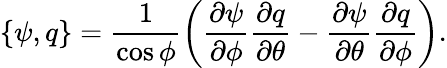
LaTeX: \{ \psi,q\} =\frac{1}{\cos\phi}\left(\frac{\partial\psi}{\partial\phi}\frac{\partial q}{\partial\theta}-\frac{\partial\psi}{\partial\theta}\frac{\partial q}{\partial\phi}\right).